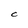
Character: C